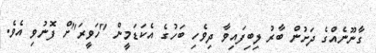
ގާނޫނެއްގެ ދަށުން ބާރު ލިބިފައިވާ ދިވެހި ބަހުގެ އެކަޑަމީން "ހަވީރަ"ށް ފޮނުވި އެވެ.